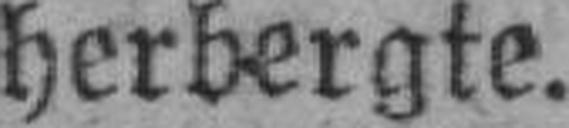
herbergte.